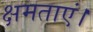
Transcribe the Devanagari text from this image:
क्षमताएं।